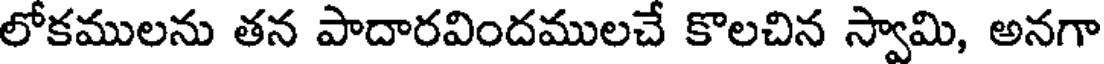
లోకములను తన పాదారవిందములచే కొలచిన స్వామి, అనగా